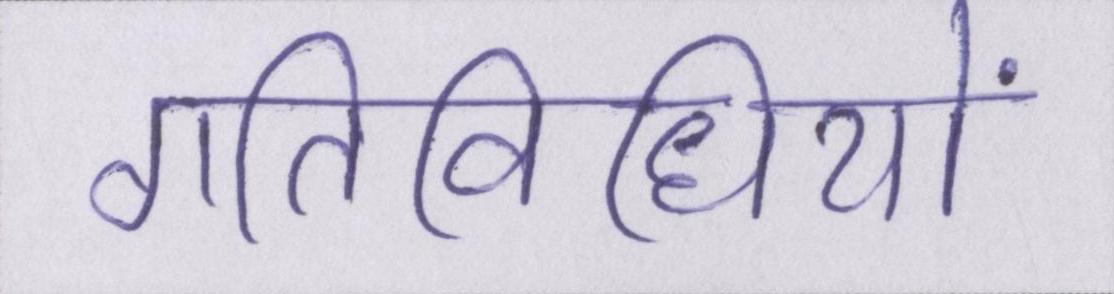
गतिविधियों